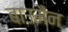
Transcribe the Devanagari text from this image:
बाउमैन